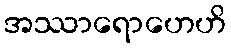
အဿာရောဟေဟိ